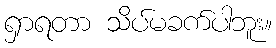
ရှာရတာ သိပ်မခက်ပါဘူး။